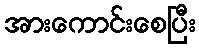
အားကောင်းစေပြီး